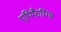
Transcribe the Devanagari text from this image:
एपिफैरिंग्स